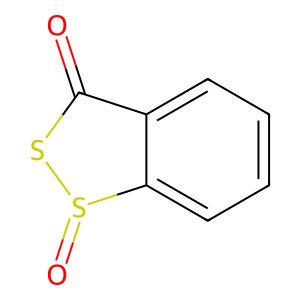
SMILES: O=C1SS(=O)c2ccccc21
Inhibits HIV replication: No